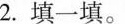
2.填一填。